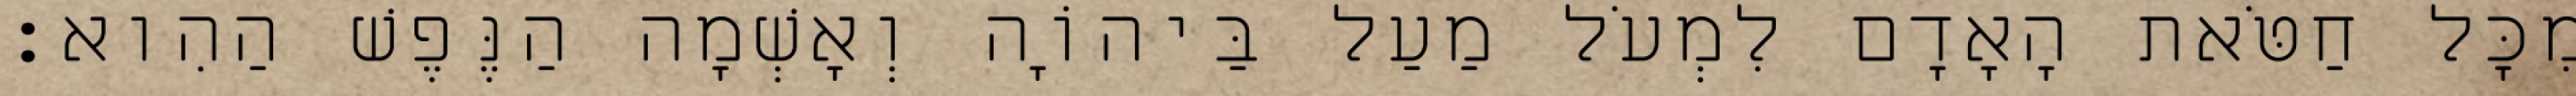
מִכָּל חַטֹּאת הָאָדָם לִמְעֹל מַעַל בַּיהוָֹה וְאָשְׁמָה הַנֶּפֶשׁ הַהִוא׃